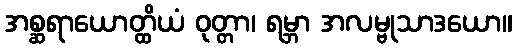
အစ္ဆရာယောတ္ထိယံ ဝုတ္တာ၊ ရမ္ဘာ အလမ္ဗုသာဒယော။